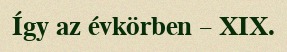
Így az évkörben – XIX.